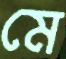
মে